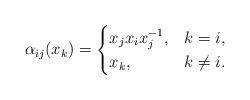
LaTeX: \begin{gather*}\alpha_{ij}(x_k)=\begin{cases}x_j x_i x_j^{-1}, & k=i, \\x_k, & k \not= i.\end{cases}\end{gather*}